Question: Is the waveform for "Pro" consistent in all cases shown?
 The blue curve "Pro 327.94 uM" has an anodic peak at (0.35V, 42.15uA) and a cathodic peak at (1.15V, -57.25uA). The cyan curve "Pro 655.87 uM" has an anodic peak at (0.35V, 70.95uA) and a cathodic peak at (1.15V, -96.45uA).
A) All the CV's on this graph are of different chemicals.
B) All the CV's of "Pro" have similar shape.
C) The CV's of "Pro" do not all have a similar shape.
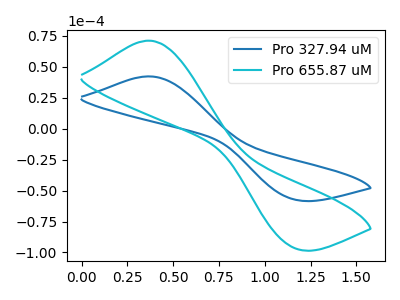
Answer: <think>All the peaks in "Pro 327.94 uM" have a peak in "Pro 655.87 uM" at the same potential. Every peak in "Pro 327.94 uM" is lower than every peak in "Pro 655.87 uM".
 </think>
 <answer>B) All the CV's of "Pro" have similar shape.</answer>
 <eval>B</eval>